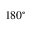
1 8 0 ^ { \circ }